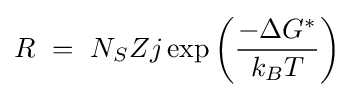
R\ =\ N_{S}Zj\exp \left({\frac {-\Delta G^{*}}{k_{B}T}}\right)